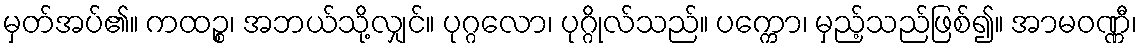
မှတ်အပ်၏။ ကထဉ္စ၊ အဘယ်သို့လျှင်။ ပုဂ္ဂလော၊ ပုဂ္ဂိုလ်သည်။ ပက္ကော၊ မှည့်သည်ဖြစ်၍။ အာမဝဏ္ဏီ၊